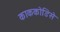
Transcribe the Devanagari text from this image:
काककोडिसे